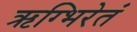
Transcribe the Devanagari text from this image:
ऋग्भिरेतं